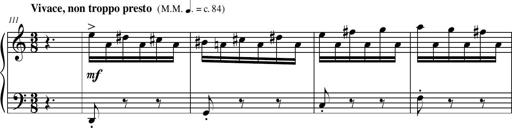
Title: Petite Sonatine
Composer: Richard St. Clair